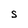
Character: s